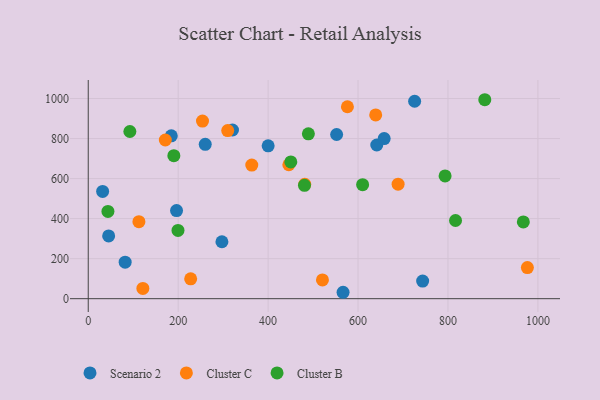
{"axis": {"x": "Ad Spend", "y": "Sales"}, "legend": ["Cluster B", "Cluster C", "Scenario 2"], "data": [{"x": "297.3", "y": 284.5, "type": "Scenario 2"}, {"x": "725.9", "y": 986.5, "type": "Scenario 2"}, {"x": "196.4", "y": 440.2, "type": "Scenario 2"}, {"x": "82.1", "y": 182.5, "type": "Scenario 2"}, {"x": "32.0", "y": 535.8, "type": "Scenario 2"}, {"x": "641.7", "y": 767.7, "type": "Scenario 2"}, {"x": "743.7", "y": 87.9, "type": "Scenario 2"}, {"x": "184.7", "y": 813.8, "type": "Scenario 2"}, {"x": "658.1", "y": 799.7, "type": "Scenario 2"}, {"x": "552.4", "y": 820.2, "type": "Scenario 2"}, {"x": "566.7", "y": 32.0, "type": "Scenario 2"}, {"x": "260.2", "y": 771.0, "type": "Scenario 2"}, {"x": "320.8", "y": 842.7, "type": "Scenario 2"}, {"x": "45.4", "y": 313.3, "type": "Scenario 2"}, {"x": "400.1", "y": 763.6, "type": "Scenario 2"}, {"x": "121.5", "y": 51.1, "type": "Cluster C"}, {"x": "481.5", "y": 571.2, "type": "Cluster C"}, {"x": "171.4", "y": 792.8, "type": "Cluster C"}, {"x": "576.4", "y": 959.0, "type": "Cluster C"}, {"x": "112.7", "y": 384.6, "type": "Cluster C"}, {"x": "639.3", "y": 918.3, "type": "Cluster C"}, {"x": "227.8", "y": 99.1, "type": "Cluster C"}, {"x": "446.1", "y": 669.2, "type": "Cluster C"}, {"x": "976.6", "y": 155.2, "type": "Cluster C"}, {"x": "689.1", "y": 572.2, "type": "Cluster C"}, {"x": "254.1", "y": 887.4, "type": "Cluster C"}, {"x": "520.9", "y": 93.9, "type": "Cluster C"}, {"x": "310.2", "y": 840.0, "type": "Cluster C"}, {"x": "363.7", "y": 667.6, "type": "Cluster C"}, {"x": "610.2", "y": 569.5, "type": "Cluster B"}, {"x": "816.8", "y": 390.5, "type": "Cluster B"}, {"x": "92.6", "y": 835.2, "type": "Cluster B"}, {"x": "190.4", "y": 714.7, "type": "Cluster B"}, {"x": "793.6", "y": 613.1, "type": "Cluster B"}, {"x": "199.6", "y": 340.8, "type": "Cluster B"}, {"x": "450.5", "y": 683.4, "type": "Cluster B"}, {"x": "967.6", "y": 383.4, "type": "Cluster B"}, {"x": "480.9", "y": 566.5, "type": "Cluster B"}, {"x": "43.8", "y": 435.8, "type": "Cluster B"}, {"x": "881.9", "y": 994.0, "type": "Cluster B"}, {"x": "489.6", "y": 823.8, "type": "Cluster B"}]}